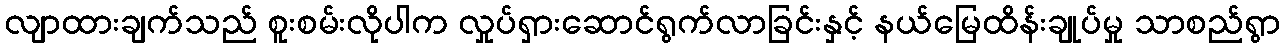
လျာထားချက်သည် စူးစမ်းလိုပါက လှုပ်ရှားဆောင်ရွက်လာခြင်းနှင့် နယ်မြေထိန်းချုပ်မှု သာစည်ရွာ